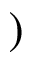
)